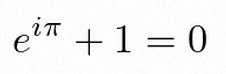
e^{i\pi}+1=0